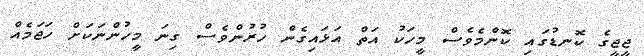
ޖީޖީގެ ކޮނޑުގައި ކޮންމެވެސް މީހަކު އަތް އަޅައިގެން ހުރުންވެސް ގިނަ މީހުންނަކަށް ހަޖަމެއް